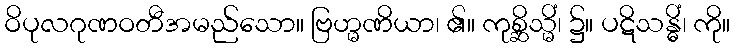
ဝိပုလဂုဏဝတီအမည်သော။ ဗြဟ္မဏိယာ၊ ၏။ ကုစ္ဆိသ္မိံ၊ ၌။ ပဋိသန္ဓိံ၊ ကို။